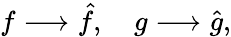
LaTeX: f\longrightarrow\hat{f},\quad g\longrightarrow\hat{g},